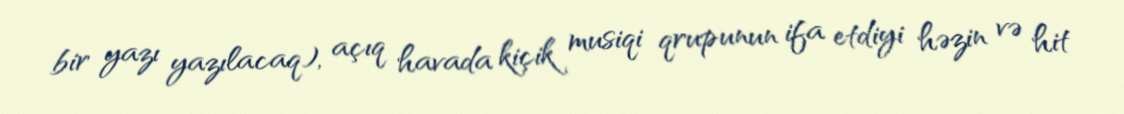
bir yazı yazılacaq), açıq havada kiçik musiqi qrupunun ifa etdiyi həzin və hit